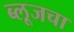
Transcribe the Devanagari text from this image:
ब्लूजचा